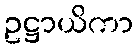
ဥဋ္ဌာယိကာ